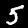
Label: 5